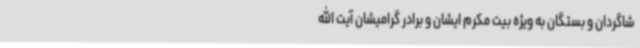
شاگردان و بستگان به ویژه بیت مکرم ایشان و برادر گرامیشان آیت الله